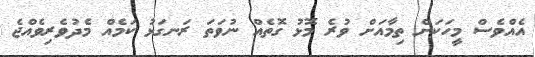
އެއްވެސް މީހަކަށް ތިމާއަށް ވުރެ މޮޅު ގޮތެއް ނުވަތަ ރަނގަޅު ކަމެއް މެދުވެރިވެއްޖެ